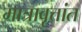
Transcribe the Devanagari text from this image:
मात्रावृत्तांत